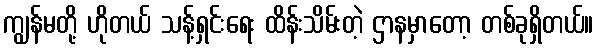
ကျွန်မတို့ ဟိုတယ် သန့်ရှင်းရေး ထိန်းသိမ်းတဲ့ ဌာနမှာတော့ တစ်ခုရှိတယ်။